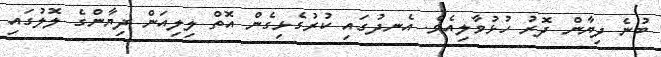
ބުނެ ދިޔާން ދޮރު ހުޅުވާލިއެވެ. އެނދުގައި ކުރުގެޅިގެން އޮތް ލިލިއަން ދިޔާންގެ ލޮލުގައި